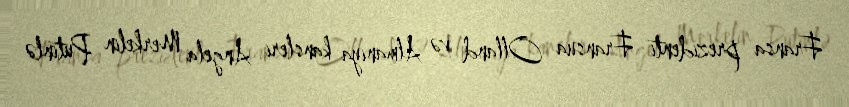
Fransa prezidenti Fransua Olland və Almaniya kansleri Angela Merkelin Putinlə